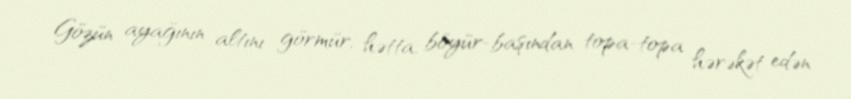
Gözün ayağının altını görmür, hətta, böyür-başından topa-topa hərəkət edən